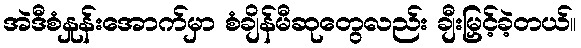
အဲဒီစံနှုန်းအောက်မှာ စံချိန်မီဆုတွေလည်း ချီးမြှင့်ခဲ့တယ်။